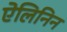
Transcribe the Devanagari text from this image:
ऐलिनिन